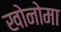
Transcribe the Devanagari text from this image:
खोनोमा